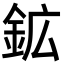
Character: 鉱